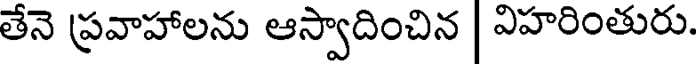
తేనె ప్రవాహాలను ఆస్వాదించిన | విహరింతురు.